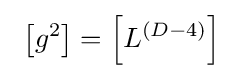
\ \left[g^{2}\right]=\left[L^{\left(D-4\right)}\right]~